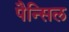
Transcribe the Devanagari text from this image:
पैन्सिल